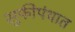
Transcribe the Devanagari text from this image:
सुफीपंथात